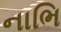
નાભિ